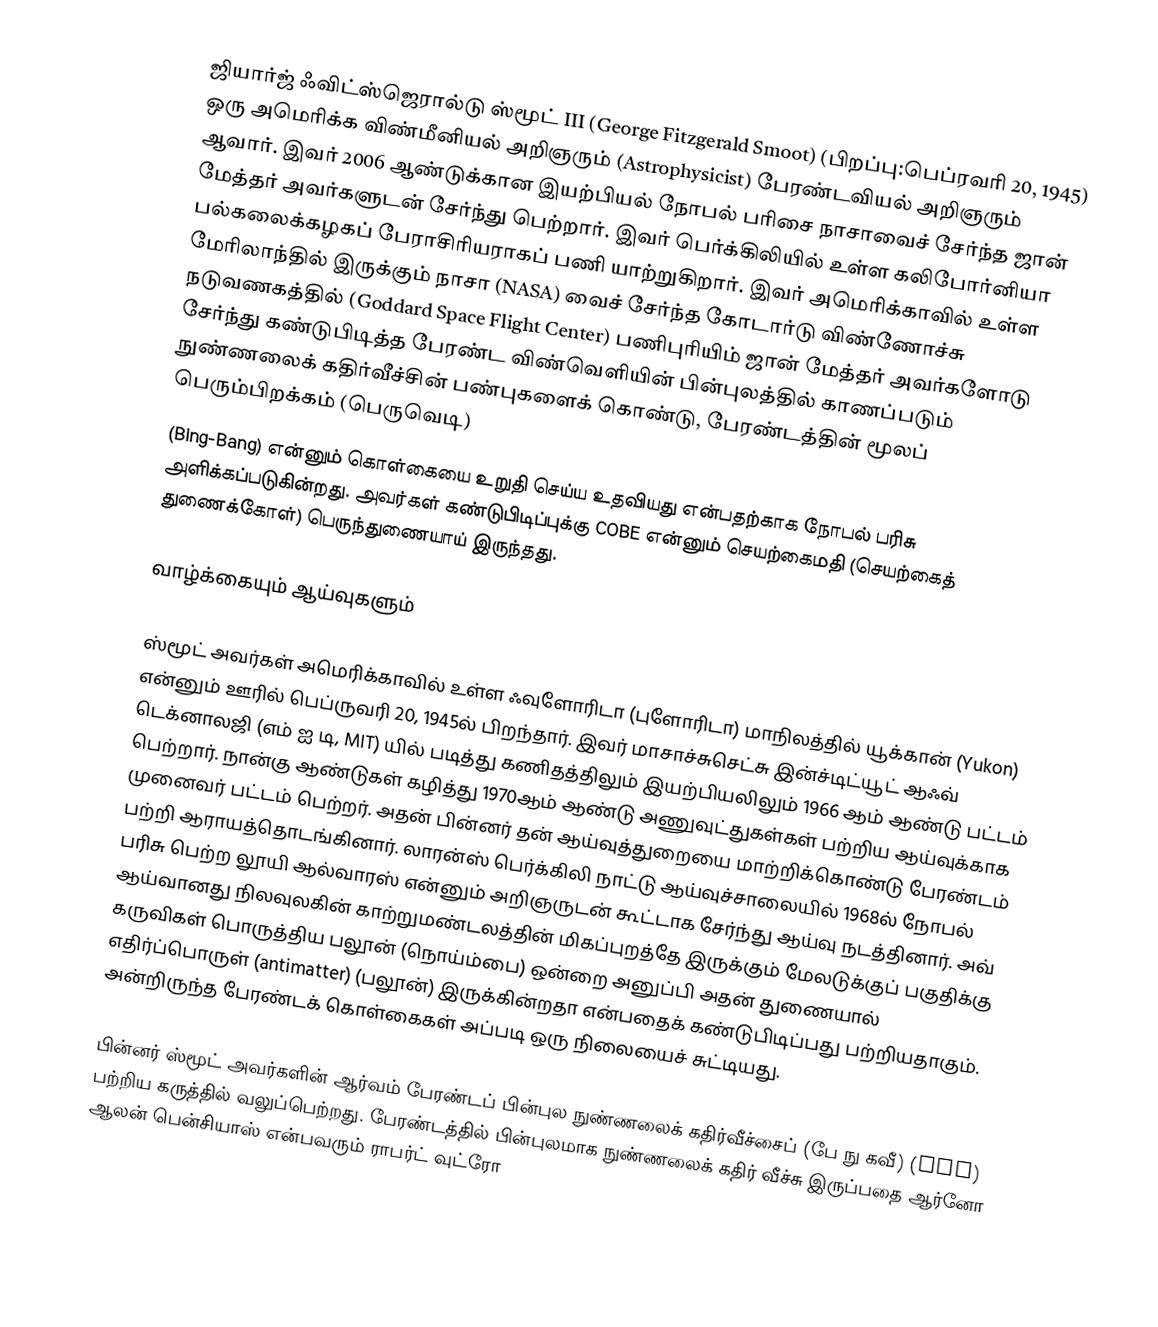
ஜியார்ஜ் ஃவிட்ஸ்ஜெரால்டு ஸ்மூட் III (George Fitzgerald Smoot) (பிறப்பு:பெப்ரவரி 20, 1945) ஒரு அமெரிக்க விண்மீனியல் அறிஞரும் (Astrophysicist) பேரண்டவியல் அறிஞரும் ஆவார். இவர் 2006 ஆண்டுக்கான இயற்பியல் நோபல் பரிசை நாசாவைச் சேர்ந்த ஜான் மேத்தர் அவர்களுடன் சேர்ந்து பெற்றார். இவர் பெர்க்கிலியில் உள்ள கலிபோர்னியா பல்கலைக்கழகப் பேராசிரியராகப் பணி யாற்றுகிறார். இவர் அமெரிக்காவில் உள்ள மேரிலாந்தில் இருக்கும் நாசா (NASA) வைச் சேர்ந்த கோடார்டு விண்ணோச்சு நடுவணகத்தில் (Goddard Space Flight Center) பணிபுரியிம் ஜான் மேத்தர் அவர்களோடு சேர்ந்து கண்டுபிடித்த பேரண்ட விண்வெளியின் பின்புலத்தில் காணப்படும் நுண்ணலைக் கதிர்வீச்சின் பண்புகளைக் கொண்டு, பேரண்டத்தின் மூலப் பெரும்பிறக்கம் (பெருவெடி)
(Bing-Bang) என்னும் கொள்கையை உறுதி செய்ய உதவியது என்பதற்காக நோபல் பரிசு அளிக்கப்படுகின்றது. அவர்கள் கண்டுபிடிப்புக்கு COBE என்னும் செயற்கைமதி (செயற்கைத் துணைக்கோள்) பெருந்துணையாய் இருந்தது.

வாழ்க்கையும் ஆய்வுகளும்

ஸ்மூட் அவர்கள் அமெரிக்காவில் உள்ள ஃவுளோரிடா (புளோரிடா) மாநிலத்தில் யூக்கான் (Yukon) என்னும் ஊரில் பெப்ருவரி 20, 1945ல் பிறந்தார். இவர் மாசாச்சுசெட்சு இன்ச்டிட்யூட் ஆஃவ் டெக்னாலஜி (எம் ஐ டி, MIT) யில் படித்து கணிதத்திலும் இயற்பியலிலும் 1966 ஆம் ஆண்டு பட்டம் பெற்றார். நான்கு ஆண்டுகள் கழித்து 1970ஆம் ஆண்டு அணுவுட்துகள்கள் பற்றிய ஆய்வுக்காக முனைவர் பட்டம் பெற்றர். அதன் பின்னர் தன் ஆய்வுத்துறையை மாற்றிக்கொண்டு பேரண்டம் பற்றி ஆராயத்தொடங்கினார். லாரன்ஸ் பெர்க்கிலி நாட்டு ஆய்வுச்சாலையில் 1968ல் நோபல் பரிசு பெற்ற லூயி ஆல்வாரஸ் என்னும் அறிஞருடன் கூட்டாக சேர்ந்து ஆய்வு நடத்தினார். அவ் ஆய்வானது நிலவுலகின் காற்றுமண்டலத்தின் மிகப்புறத்தே இருக்கும் மேலடுக்குப் பகுதிக்கு கருவிகள் பொருத்திய பலூன் (நொய்ம்பை) ஒன்றை அனுப்பி அதன் துணையால் எதிர்ப்பொருள் (antimatter)  (பலூன்) இருக்கின்றதா என்பதைக் கண்டுபிடிப்பது பற்றியதாகும். அன்றிருந்த பேரண்டக் கொள்கைகள் அப்படி ஒரு நிலையைச் சுட்டியது.

பின்னர் ஸ்மூட் அவர்களின் ஆர்வம் பேரண்டப் பின்புல நுண்ணலைக் கதிர்வீச்சைப் (பே நு கவீ) (CMB) பற்றிய கருத்தில் வலுப்பெற்றது. பேரண்டத்தில் பின்புலமாக நுண்ணலைக் கதிர் வீச்சு இருப்பதை ஆர்னோ ஆலன் பென்சியாஸ் என்பவரும் ராபர்ட் வுட்ரோ